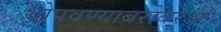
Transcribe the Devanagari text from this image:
थोपवण्याबरोबरच